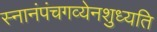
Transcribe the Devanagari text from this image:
स्नानंपंचगव्येनशुध्यति